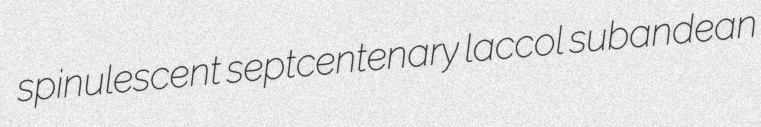
spinulescent septcentenary laccol subandean